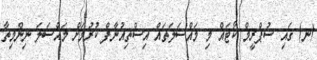
(ނ) ގައި ސުޕްރީމް ކޯޓައް މި މައްސަލަތައް އިސްތިއުނާފް ކުރުމަށް މައްސަލަ ނިންމިތާ